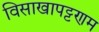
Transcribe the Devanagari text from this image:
विसाखापट्टणम